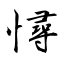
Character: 憳